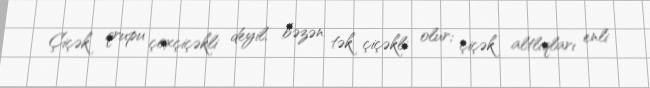
Çiçək qrupu çoxçiçəkli deyil, bəzən tək çiçəkli olur; çiçək altlıqları enli